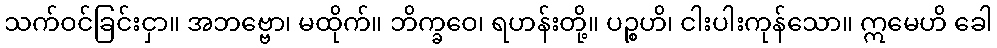
သက်ဝင်ခြင်းငှာ။ အဘဗ္ဗော၊ မထိုက်။ ဘိက္ခဝေ၊ ရဟန်းတို့။ ပဉ္စဟိ၊ ငါးပါးကုန်သော။ ဣမေဟိ ခေါ